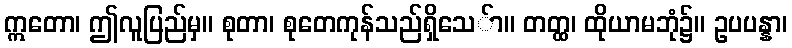
ဣတော၊ ဤလူပြည်မှ။ စုတာ၊ စုတေကုန်သည်ရှိသေ်ာ။ တတ္ထ၊ ထိုယာမဘုံ၌။ ဥပပန္နာ၊